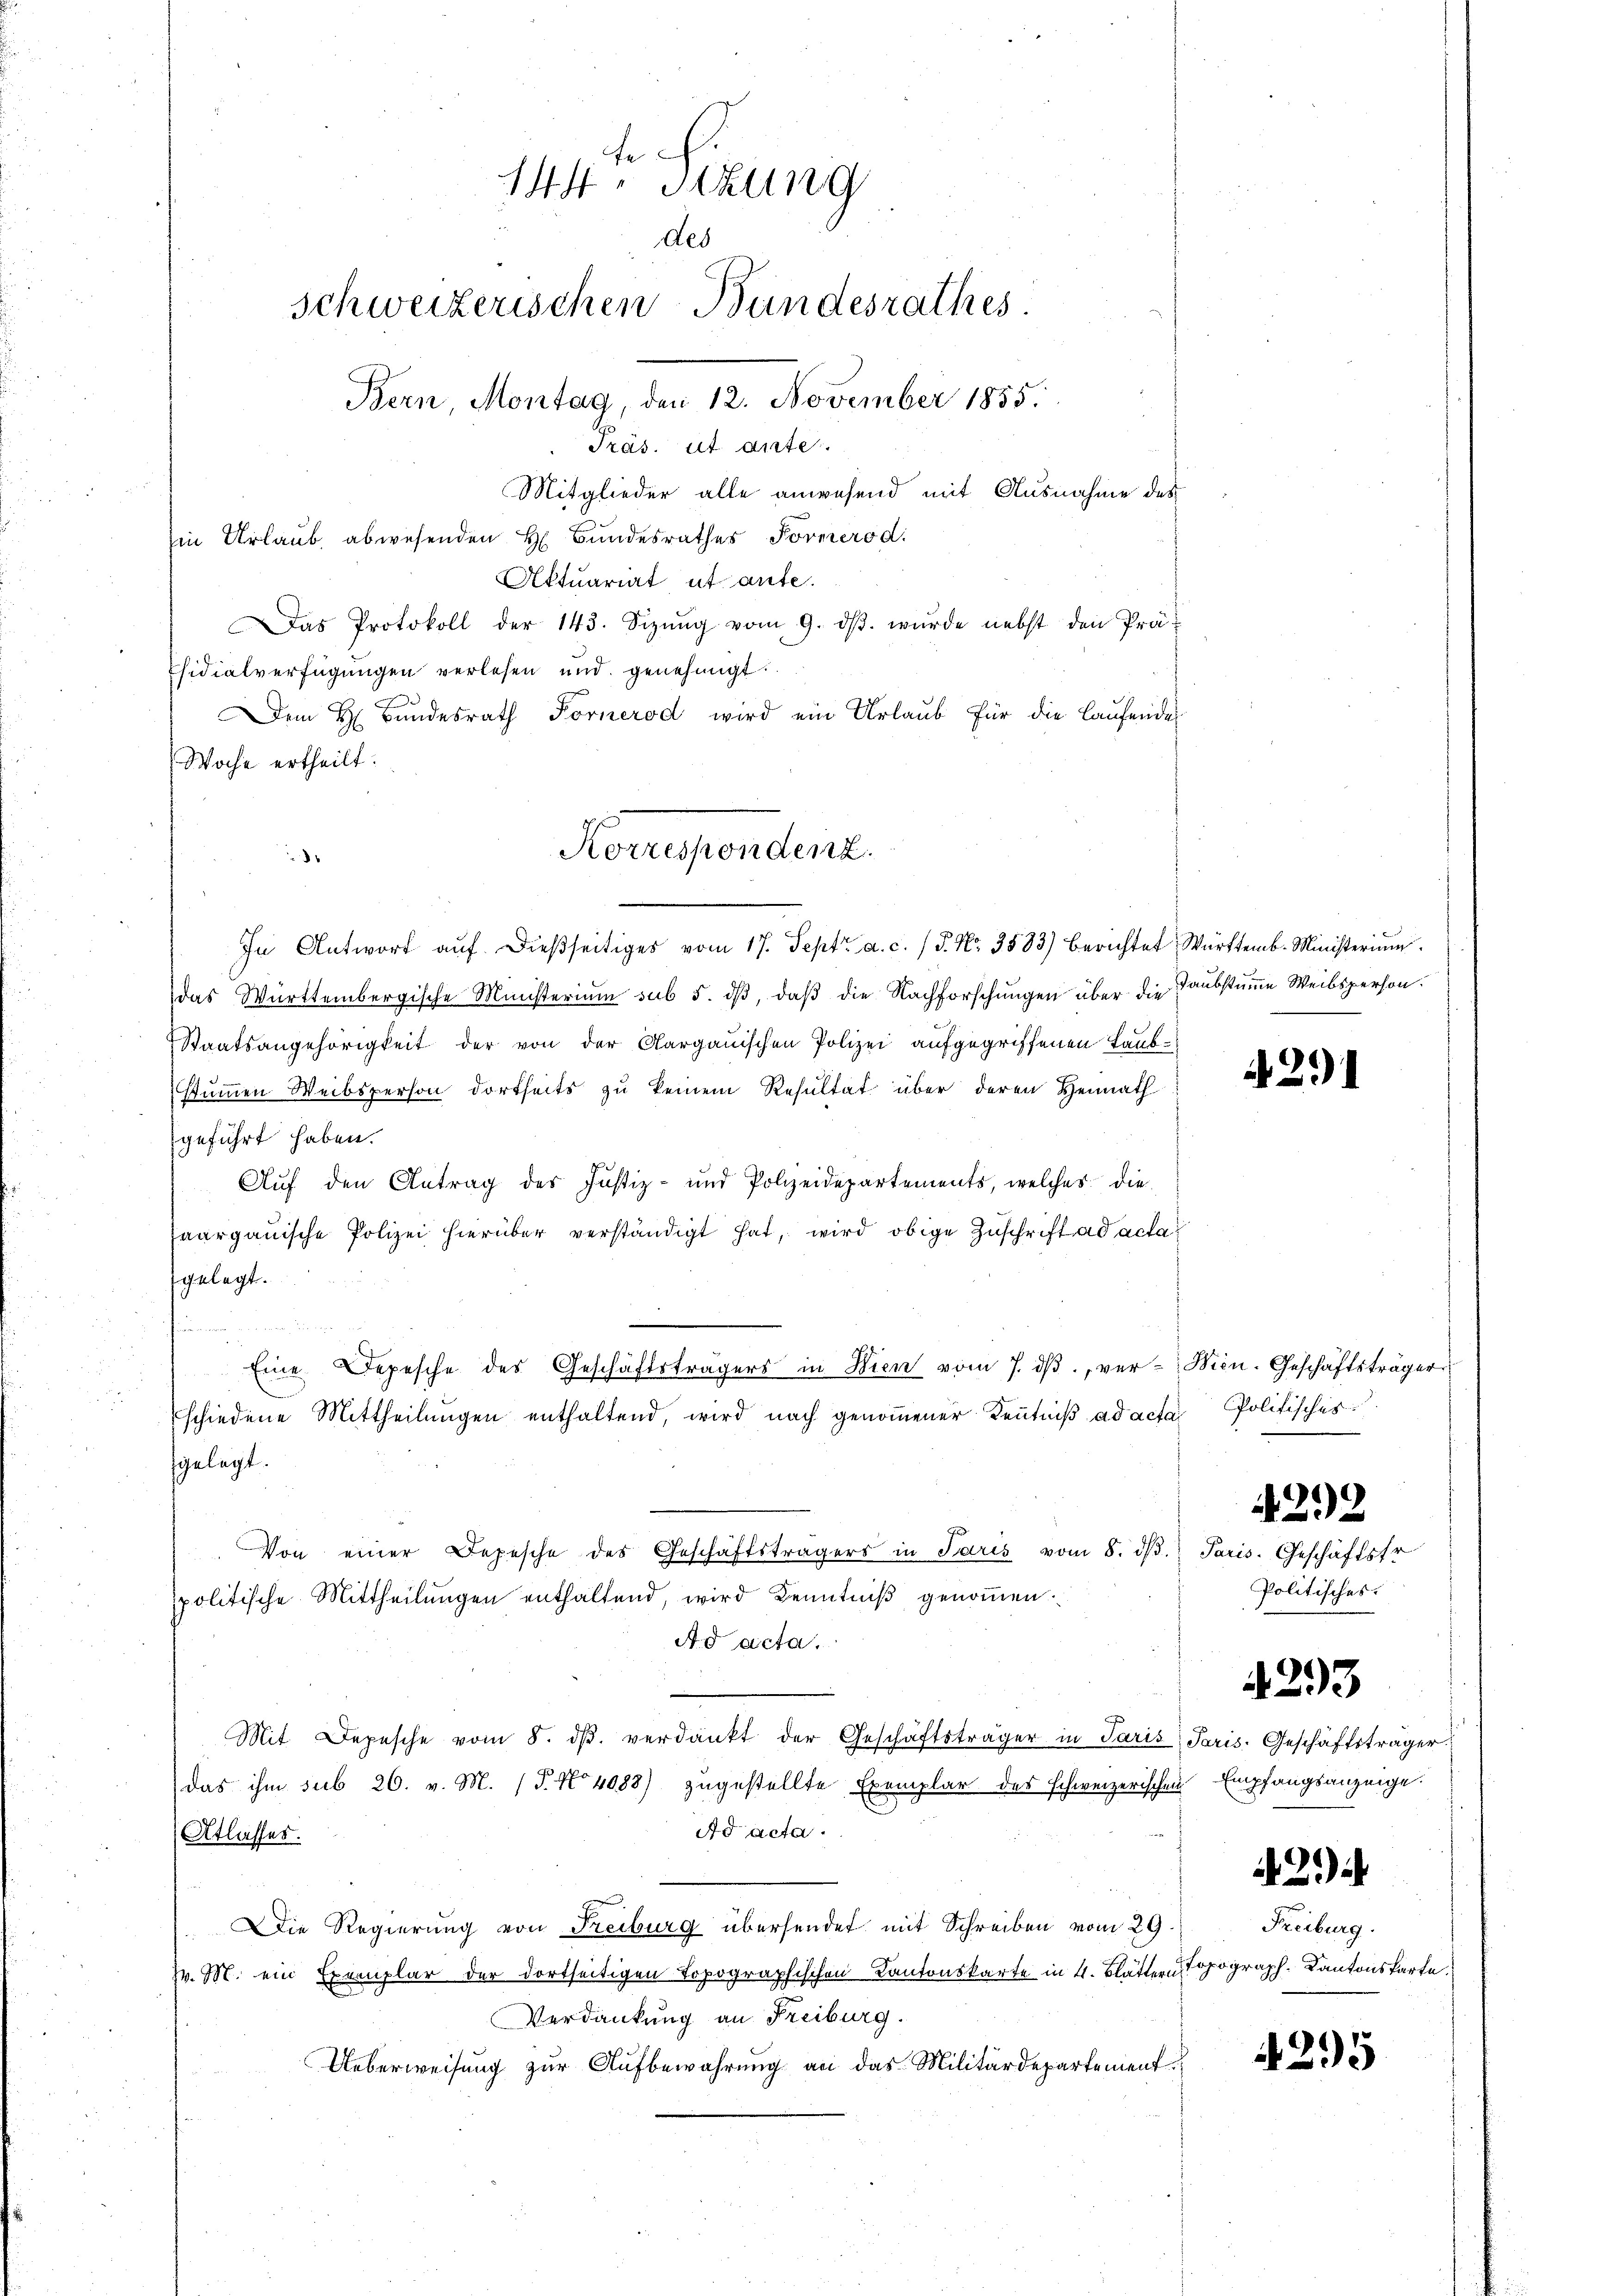
Dem H. Bundesrath Fornerod wird ein Urlaub für die laufendes
Woche ertheilt.
5
In Antwort aŭf dieβseitiges vom 17. Sept. a. c. / P. Nr. 3583) berichtet Württemb. Ministeriŭm
das Württembergische Ministerium sub 5. dβ, daβ die Nachforschŭngen über die Taubstumme Weibsperson.
Staatsangehörigkeit der von der Aargauischen Polizei aufgegriffenen Taubstummen Weibsperson dortseits zu keinem Resultat über deren Heimath
geführt haben.
Auf den Antrag des Justiz- und Polizeidepartements, welches die
saargauische Polizei hierüber verständigt hat, wird obige Zuschrift ad acta
gelegt.
 x
Eine Depesche des Geschäftsträgers in Wien vom 7. dβ ver-Wien. Geschäftsträger
schiedene Mittheilungen enthaltend, wird nach genommener Kenntniß ad acta Politisches
gelegt.
Von einer Depesche des Geschäftsträgers in Paris vom 8. dβ.
spolitische Mittheilungen enthaltend, wird Kenntniß genommen.
Ad acta.
Mit Depesche vom 8. dβ. verdankt der Geschäftsträger in Paris Paris. Geschäftsträger
das ihm sub 26. v. M. (T. No 4088) zugestellte Exemplar des schweizerischen Empfangsanzeige.
Ad acta.
Atlasses.
Die Regierung von Freiburg übersendet mit Schreiben vom 29.
v. M. ein Exemplar der dortseitigen Topographischen Kantonskarte in 4. Blättern
Verdankung an Freiburg.
Ueberweisung zur Aufbewahrung an das Militärdepartement

fe
144. Sitzung
des
Schweizerischen Bundesrathes
Bern, Montag, den 12. November 1855.
Präs. ist ante.
Mitglieder alle anwesend mit Ausnahme des
Ein Urlaub abwesenden H. Bundesrathes Formerod.
Aktuariat ut ante.
Das Protokoll der 143. Seizŭng vom 9. dβ. wurde nebst den Prä-
sidialverfügungen verlesen und genehmigt:

Korrespendenz.

291

1
A 212

Paris. Geschäftsfr
Politisches.

4293

21)

Freiburg.
Topograph-Kantonskarte.

4295